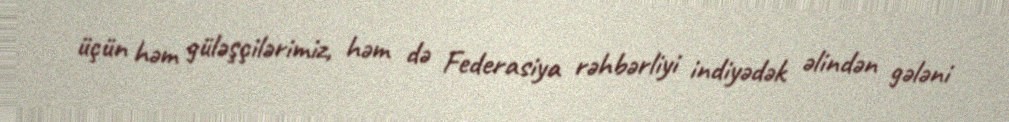
üçün həm güləşçilərimiz, həm də Federasiya rəhbərliyi indiyədək əlindən gələni